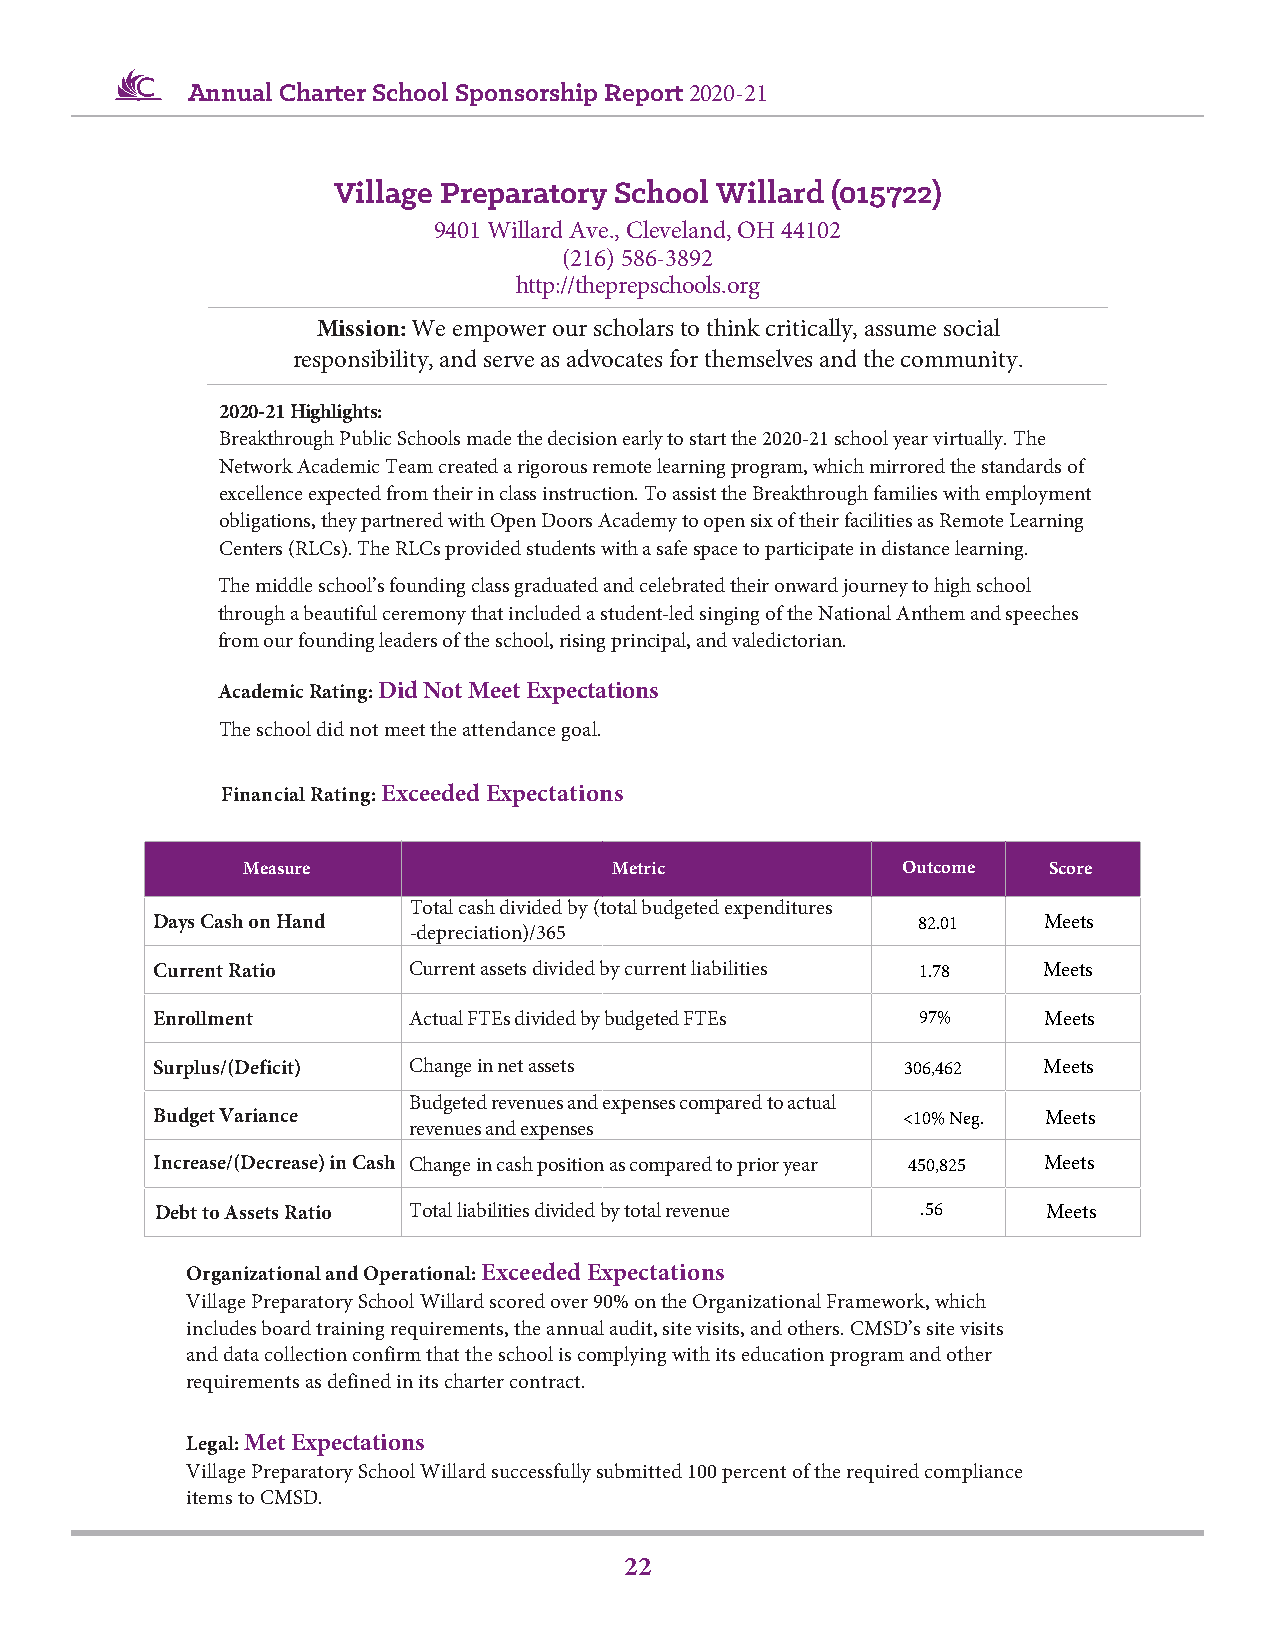
Annual Charter School Sponsorship Report 2020-21
 Village Preparatory School Willard (015722)
 9401 Willard Ave., Cleveland, OH 44102
 (216) 586-3892
 http://theprepschools.org
 Mission: We empower our scholars to think critically, assume social
 responsibility, and serve as advocates for themselves and the community.
 2020-21 Highlights:
 Breakthrough Public Schools made the decision early to start the 2020-21 school year virtually. The
 Network Academic Team created a rigorous remote learning program, which mirrored the standards of
 excellence expected from their in class instruction. To assist the Breakthrough families with employment
 obligations, they partnered with Open Doors Academy to open six of their facilities as Remote Learning
 Centers (RLCs). The RLCs provided students with a safe space to participate in distance learning.
 The middle school’s founding class graduated and celebrated their onward journey to high school
 through a beautiful ceremony that included a student-led singing of the National Anthem and speeches
 from our founding leaders of the school, rising principal, and valedictorian.
 Academic Rating: Did Not Meet Expectations
 The school did not meet the attendance goal.
 Financial Rating: Exceeded Expectations
 Measure                  Metric             Outcome  Score
 Total cash divided by (total budgeted expenditures
 Days Cash on Hand                                  82.01   Meets
 -depreciation)/365
 Current Ratio    Current assets divided by current liabilities 1.78 Meets
 Enrollment       Actual FTEs divided by budgeted FTEs 97%  Meets
 Surplus/(Deficit) Change in net assets            306,462  Meets
 Budgeted revenues and expenses compared to actual
 Budget Variance                                   <10% Neg. Meets
 revenues and expenses
 Increase/(Decrease) in Cash Change in cash position as compared to prior year 450,825 Meets
 Debt to Assets Ratio Total liabilities divided by total revenue .56 Meets
 Organizational and Operational: Exceeded Expectations
 Village Preparatory School Willard scored over 90% on the Organizational Framework, which
 includes board training requirements, the annual audit, site visits, and others. CMSD’s site visits
 and data collection confirm that the school is complying with its education program and other
 requirements as defined in its charter contract.
 Legal: Met Expectations
 Village Preparatory School Willard successfully submitted 100 percent of the required compliance
 items to CMSD.
 22